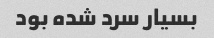
بسیار سرد شده بود